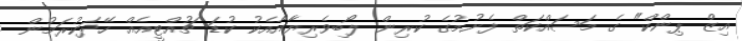
އިޒް ޕިންކް" ގެ މަސައްކަތް ފެށުމުގެ ކުރިން ލޯބިވެރިޔާއާއެކު ކުޑަ ޗުއްޓީއެއް ހޭދަކުރަމުން